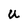
Character: U